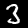
Label: 3